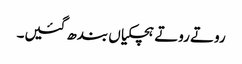
روتے روتے ہچکیاں بندھ گئیں۔